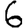
Digit: 6